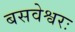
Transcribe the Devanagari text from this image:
बसवेश्वरः